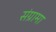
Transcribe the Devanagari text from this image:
संग्रामा